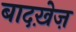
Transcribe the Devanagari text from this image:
बादख़ेज़